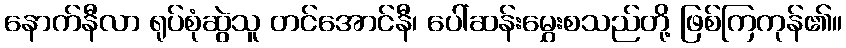
နောက်နီလာ ရုပ်စုံဆွဲသူ တင်အောင်နီ၊ ပေါ်ဆန်းမွှေးစသည်တို့ ဖြစ်ကြကုန်၏။